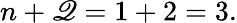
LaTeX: n+\mathscr{Q}=1+2=3.